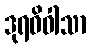
ဒုရဓိဝါသာ